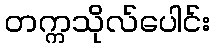
တက္ကသိုလ်ပေါင်း